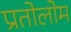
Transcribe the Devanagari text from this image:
प्रतोलोम